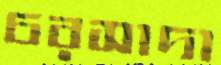
চরসাদা